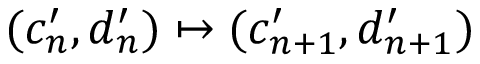
( c _ { n } ^ { \prime } , d _ { n } ^ { \prime } ) \mapsto ( c _ { n + 1 } ^ { \prime } , d _ { n + 1 } ^ { \prime } )